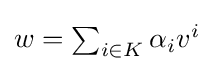
{\textstyle w=\sum _{i\in K}\alpha _{i}v^{i}}